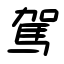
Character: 駕